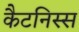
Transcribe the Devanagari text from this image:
कैटनिस्स